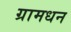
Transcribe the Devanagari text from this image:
ग्रामधन